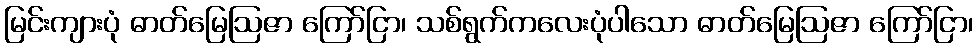
မြင်းကျားပုံ ဓာတ်မြေဩဇာ ကြော်ငြာ၊ သစ်ရွက်ကလေးပုံပါသော ဓာတ်မြေဩဇာ ကြော်ငြာ၊